Plague in India, 1896, 1897 - Volume 1
Year: 1896
Disease focus: Plague
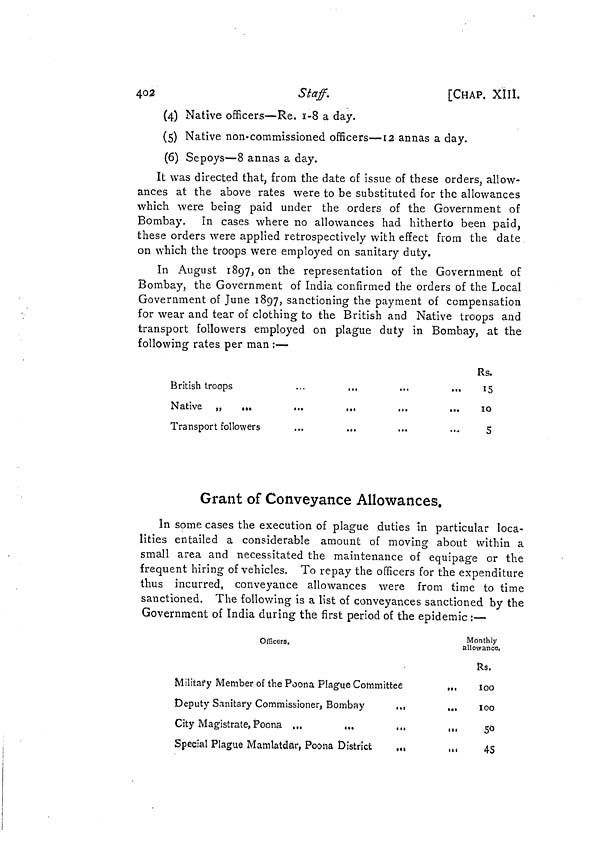
402
Staff.
[CHAP, XIII.
(4) Native officers—Re. 1-8 a day.
(5) Native non-commissioned officers—12 annas a day.
(6) Sepoys—8 annas a day.
It was directed that, from the date of issue of these orders, allow-
ances at the above rates were to be substituted for the allowances
which were being paid under the orders of the Government of
Bombay. In cases where no allowances had hitherto been paid,
these orders were applied retrospectively with effect from the date
on which the troops were employed on sanitary duty.
In August 1897, on the representation of the Government of
Bombay, the Government of India confirmed the orders of the Local
Government of June 1897, sanctioning the payment of compensation
for wear and tear of clothing to the British and Native troops and
transport followers employed on plague duty in Bombay, at the
following rates per man :—
British troops
Native „
...
Transport followers
Rs.
15
...
...
...
...
10
5
Grant of Conveyance Allowances.
In some cases the execution of plague duties in particular loca-
lities entailed a considerable amount of moving about within a
small area and necessitated the maintenance of equipage or the
frequent hiring of vehicles. To repay the officers for the expenditure
thus incurred, conveyance allowances were from time to time
sanctioned. The following is a list of conveyances sanctioned by the
Government of India during the first period of the epidemic :—
Officers.
Military Member of the Poona Plague Committee
...
Deputy Sanitary Commissioner, Bombay
...
...
City Magistrate, Poona
...
...
...
...
Special Plague Mamlatdar, Poona District
...
...
Monthly
allowance,
Rs.
l00
100
50
45